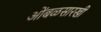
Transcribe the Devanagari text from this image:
आेंबळसारखी